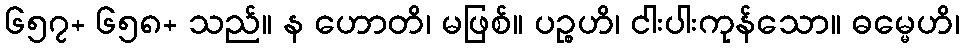
၆၅၇+ ၆၅၈+ သည်။ န ဟောတိ၊ မဖြစ်။ ပဉ္စဟိ၊ ငါးပါးကုန်သော။ ဓမ္မေဟိ၊